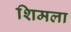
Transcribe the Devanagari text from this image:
शिमला